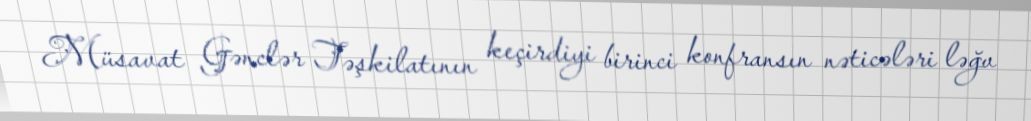
Müsavat Gənclər Təşkilatının keçirdiyi birinci konfransın nəticələri ləğv